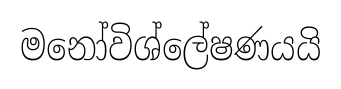
මනෝවිශ්ලේෂණයයි